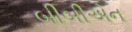
બીબીએન